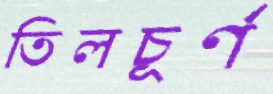
তিলচূর্ণ